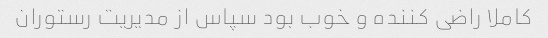
کاملا راضی کننده و خوب بود سپاس از مدیریت رستوران